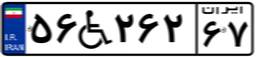
۵۶W۲۶۲۶۷